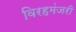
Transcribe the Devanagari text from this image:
विरहमंजरी